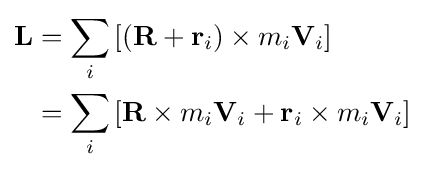
{\begin{aligned}\mathbf {L} &=\sum _{i}\left[\left(\mathbf {R} +\mathbf {r} _{i}\right)\times m_{i}\mathbf {V} _{i}\right]\\&=\sum _{i}\left[\mathbf {R} \times m_{i}\mathbf {V} _{i}+\mathbf {r} _{i}\times m_{i}\mathbf {V} _{i}\right]\end{aligned}}